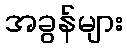
အခွန်များ